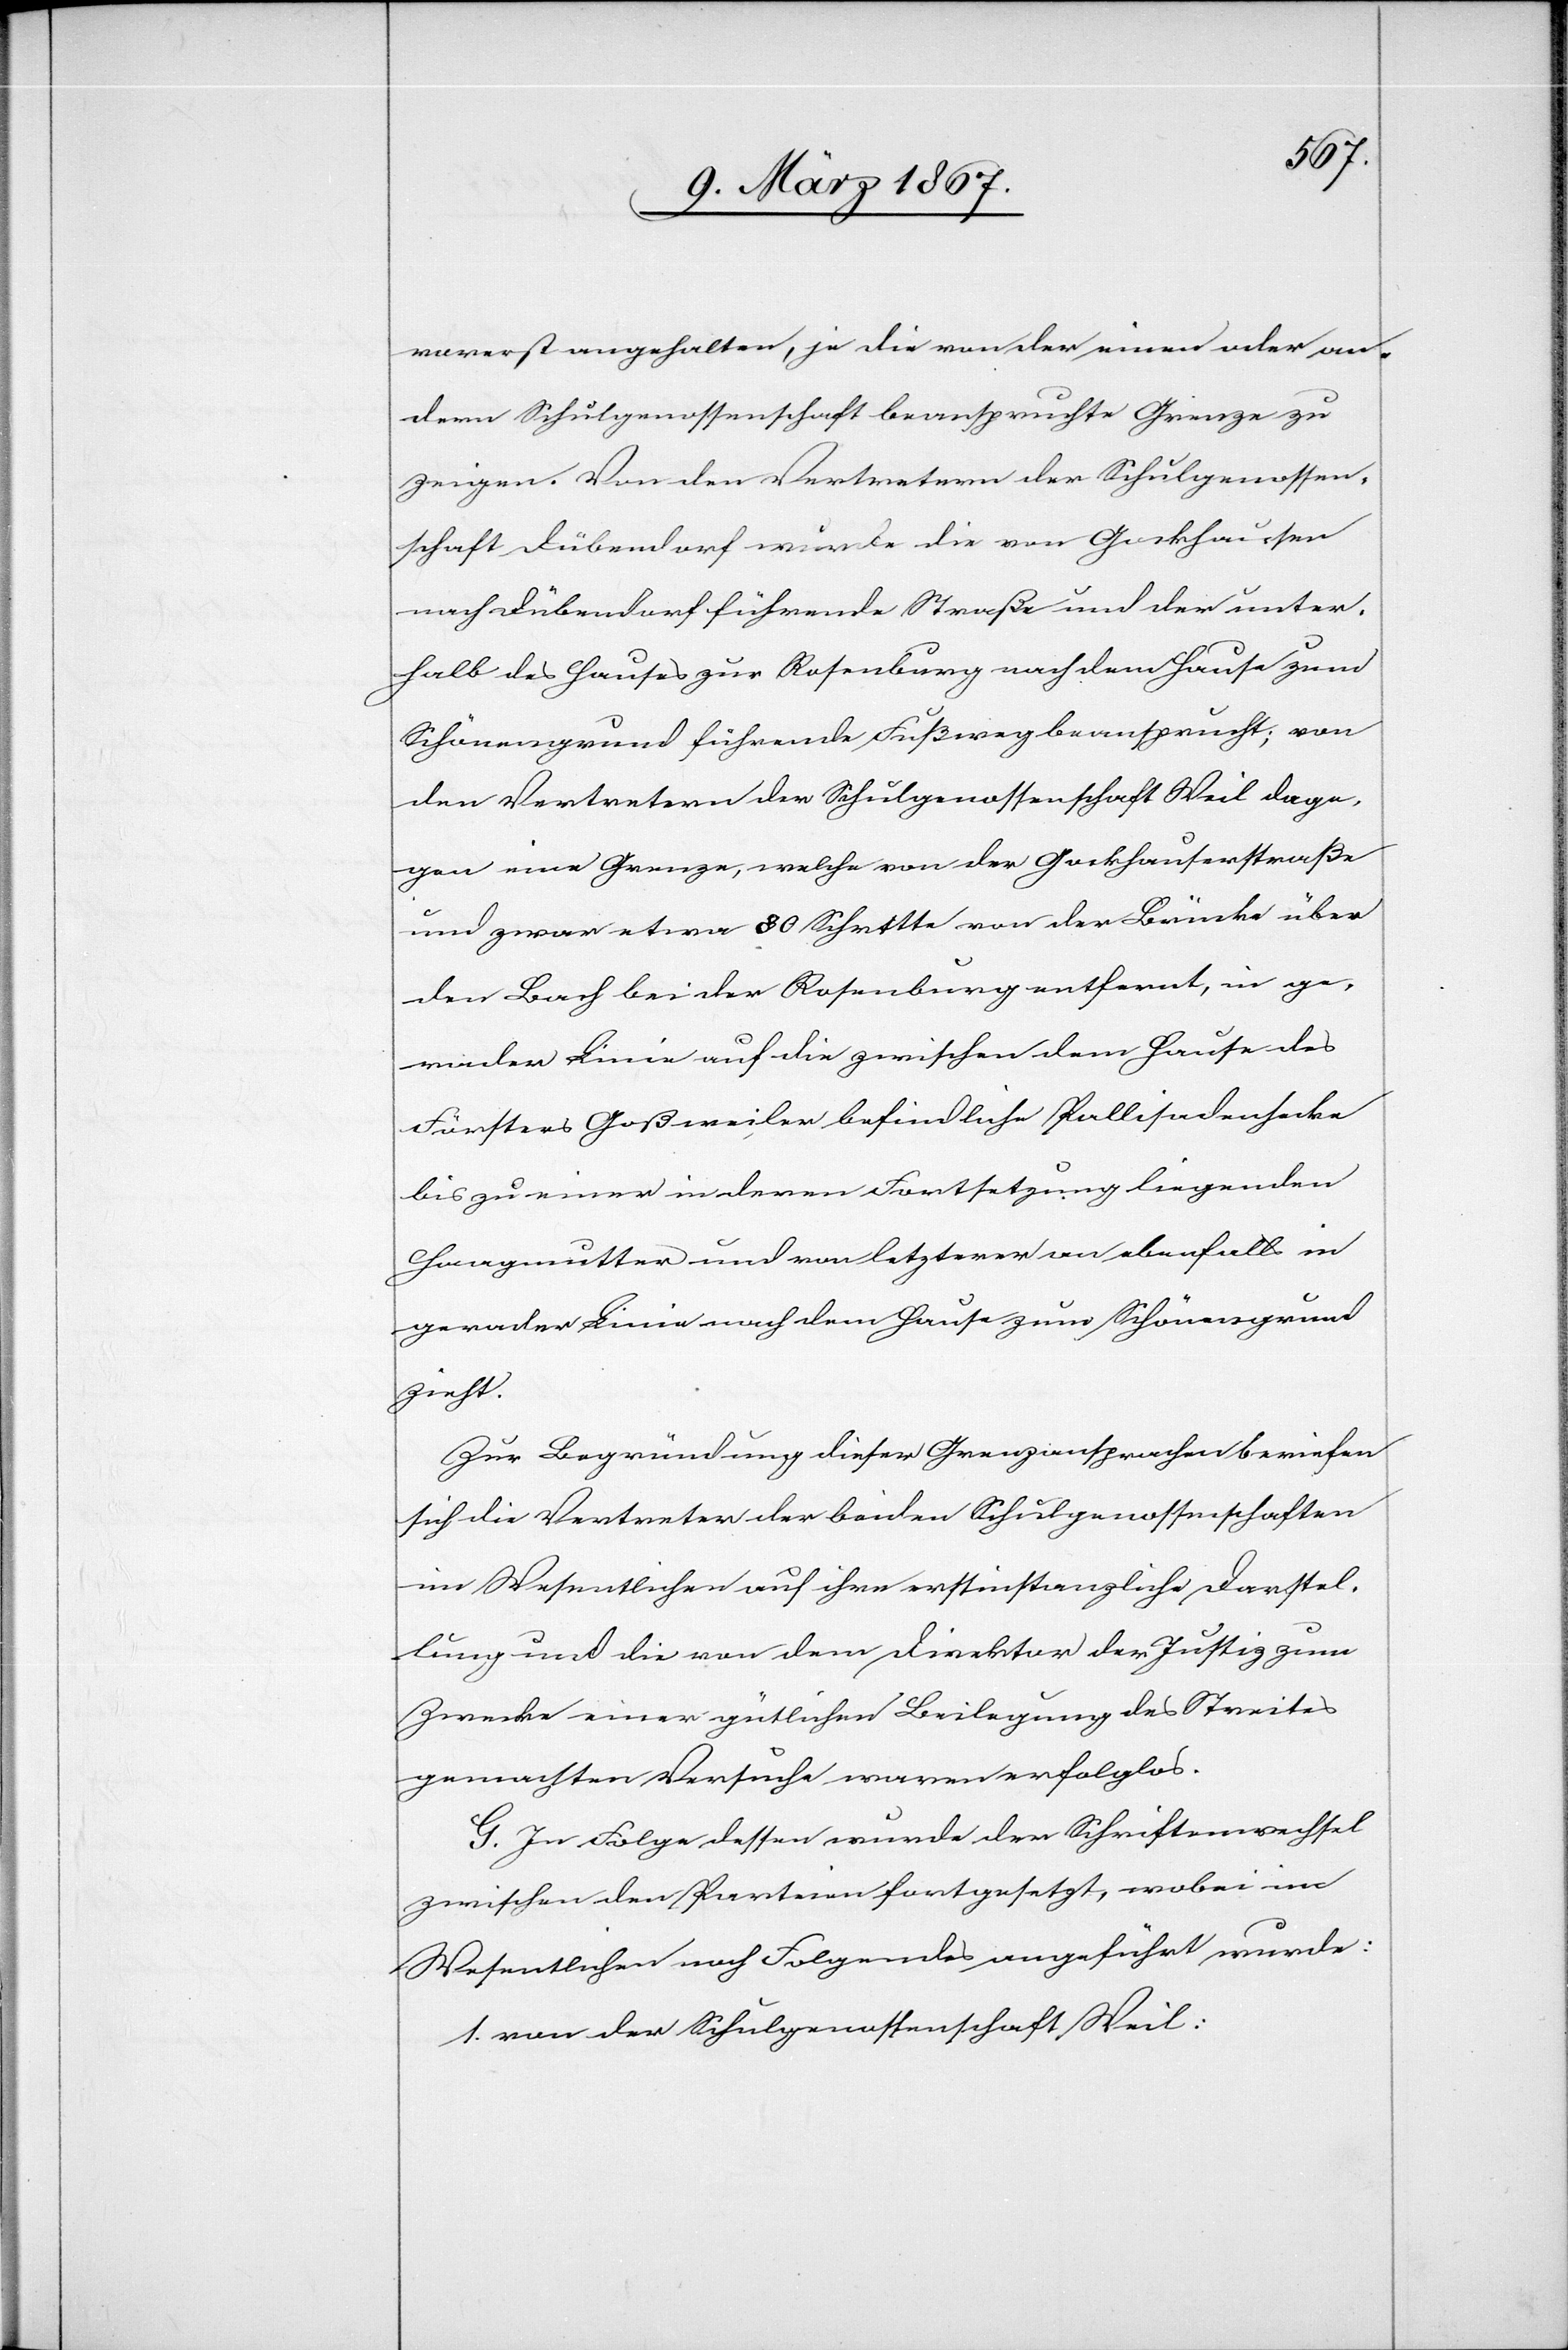
vorerst angehalten, je die von der einen oder an¬
dern Schulgenossenschaft beanspruchte Grenze zu
zeigen. Von den Vertretern der Schulgenossen¬
schaft Dübendorf wurde die von Gockhausen
nach Dübendorf führende Straße und der unter¬
halb des Hauses zur Rosenburg nach dem Hause zum
Schönengrund führende Fußweg beansprucht; von
den Vertretern der Schulgenossenschaft Weil dage¬
gen eine Grenze, welche von der Gockhausenstraße
und zwar etwa 80 Schritte von der Brücke über
den Bach bei der Rosenburg entfernt, in ge¬
rader Linie auf die zwischen dem Hause des
Försters Goßweiler befindliche Pallisadenhecke
bis zu einer in deren Fortsetzung liegenden
Haagmutter und von letzterer an ebenfalls in
gerader Linie nach dem Hause zum Schönengrund
zieht.
Zur Begründung dieser Grenzansprachen beriefen
sich die Vertreter der beiden Schulgenossenschaften
im Wesentlichen auf ihre erstinstanzliche Darstel¬
lung und die von dem Direktor der Justiz zum
Zwecke einer gütlichen Beilegung des Streites
gemachten Versuche waren erfolglos.
G. In Folge dessen wurde der Schriftenwechsel
zwischen den Parteien fortgesetzt, wobei im
Wesentlichen noch Folgendes angeführt wurde:
1. von der Schulgenossenschaft Weil: